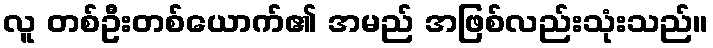
လူ တစ်ဦးတစ်ယောက်၏ အမည် အဖြစ်လည်းသုံးသည်။